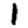
Digit: 1